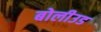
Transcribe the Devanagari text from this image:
बोलीउड